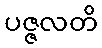
ပဇ္ဇလတိ